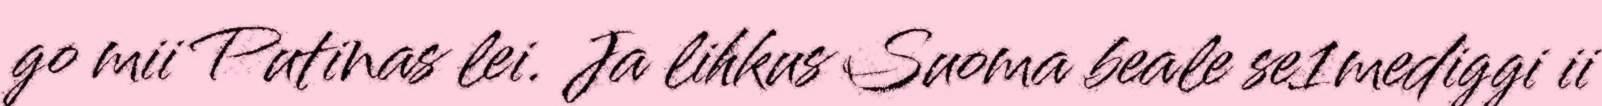
go mii Putinas lei. Ja lihkus Suoma beale se1mediggi ii